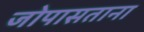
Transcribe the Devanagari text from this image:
जोपासताना